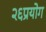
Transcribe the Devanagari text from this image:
२६प्रयोग